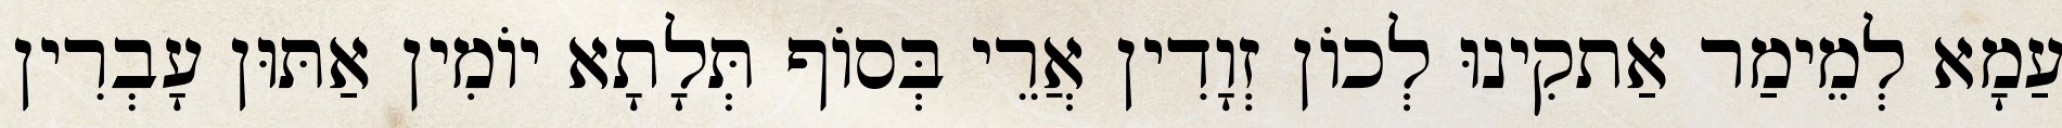
עַמָא לְמֵימַר אַתקִינוּ לְכוֹן זְוָדִין אֲרֵי בְּסוֹף תְּלָתָא יוֹמִין אַתּוּן עָבְרִין